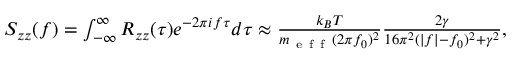
\begin{array} { r } { S _ { z z } ( f ) = \int _ { - \infty } ^ { \infty } R _ { z z } ( \tau ) e ^ { - 2 \pi i f \tau } d \tau \approx \frac { k _ { B } T } { m _ { \mathrm { ~ e ~ f ~ f ~ } } ( 2 \pi f _ { 0 } ) ^ { 2 } } \frac { 2 \gamma } { 1 6 \pi ^ { 2 } ( | f | - f _ { 0 } ) ^ { 2 } + \gamma ^ { 2 } } , } \end{array}